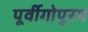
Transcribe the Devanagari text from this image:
पूर्वीगोपुरम